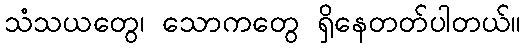
သံသယတွေ၊ သောကတွေ ရှိနေတတ်ပါတယ်။